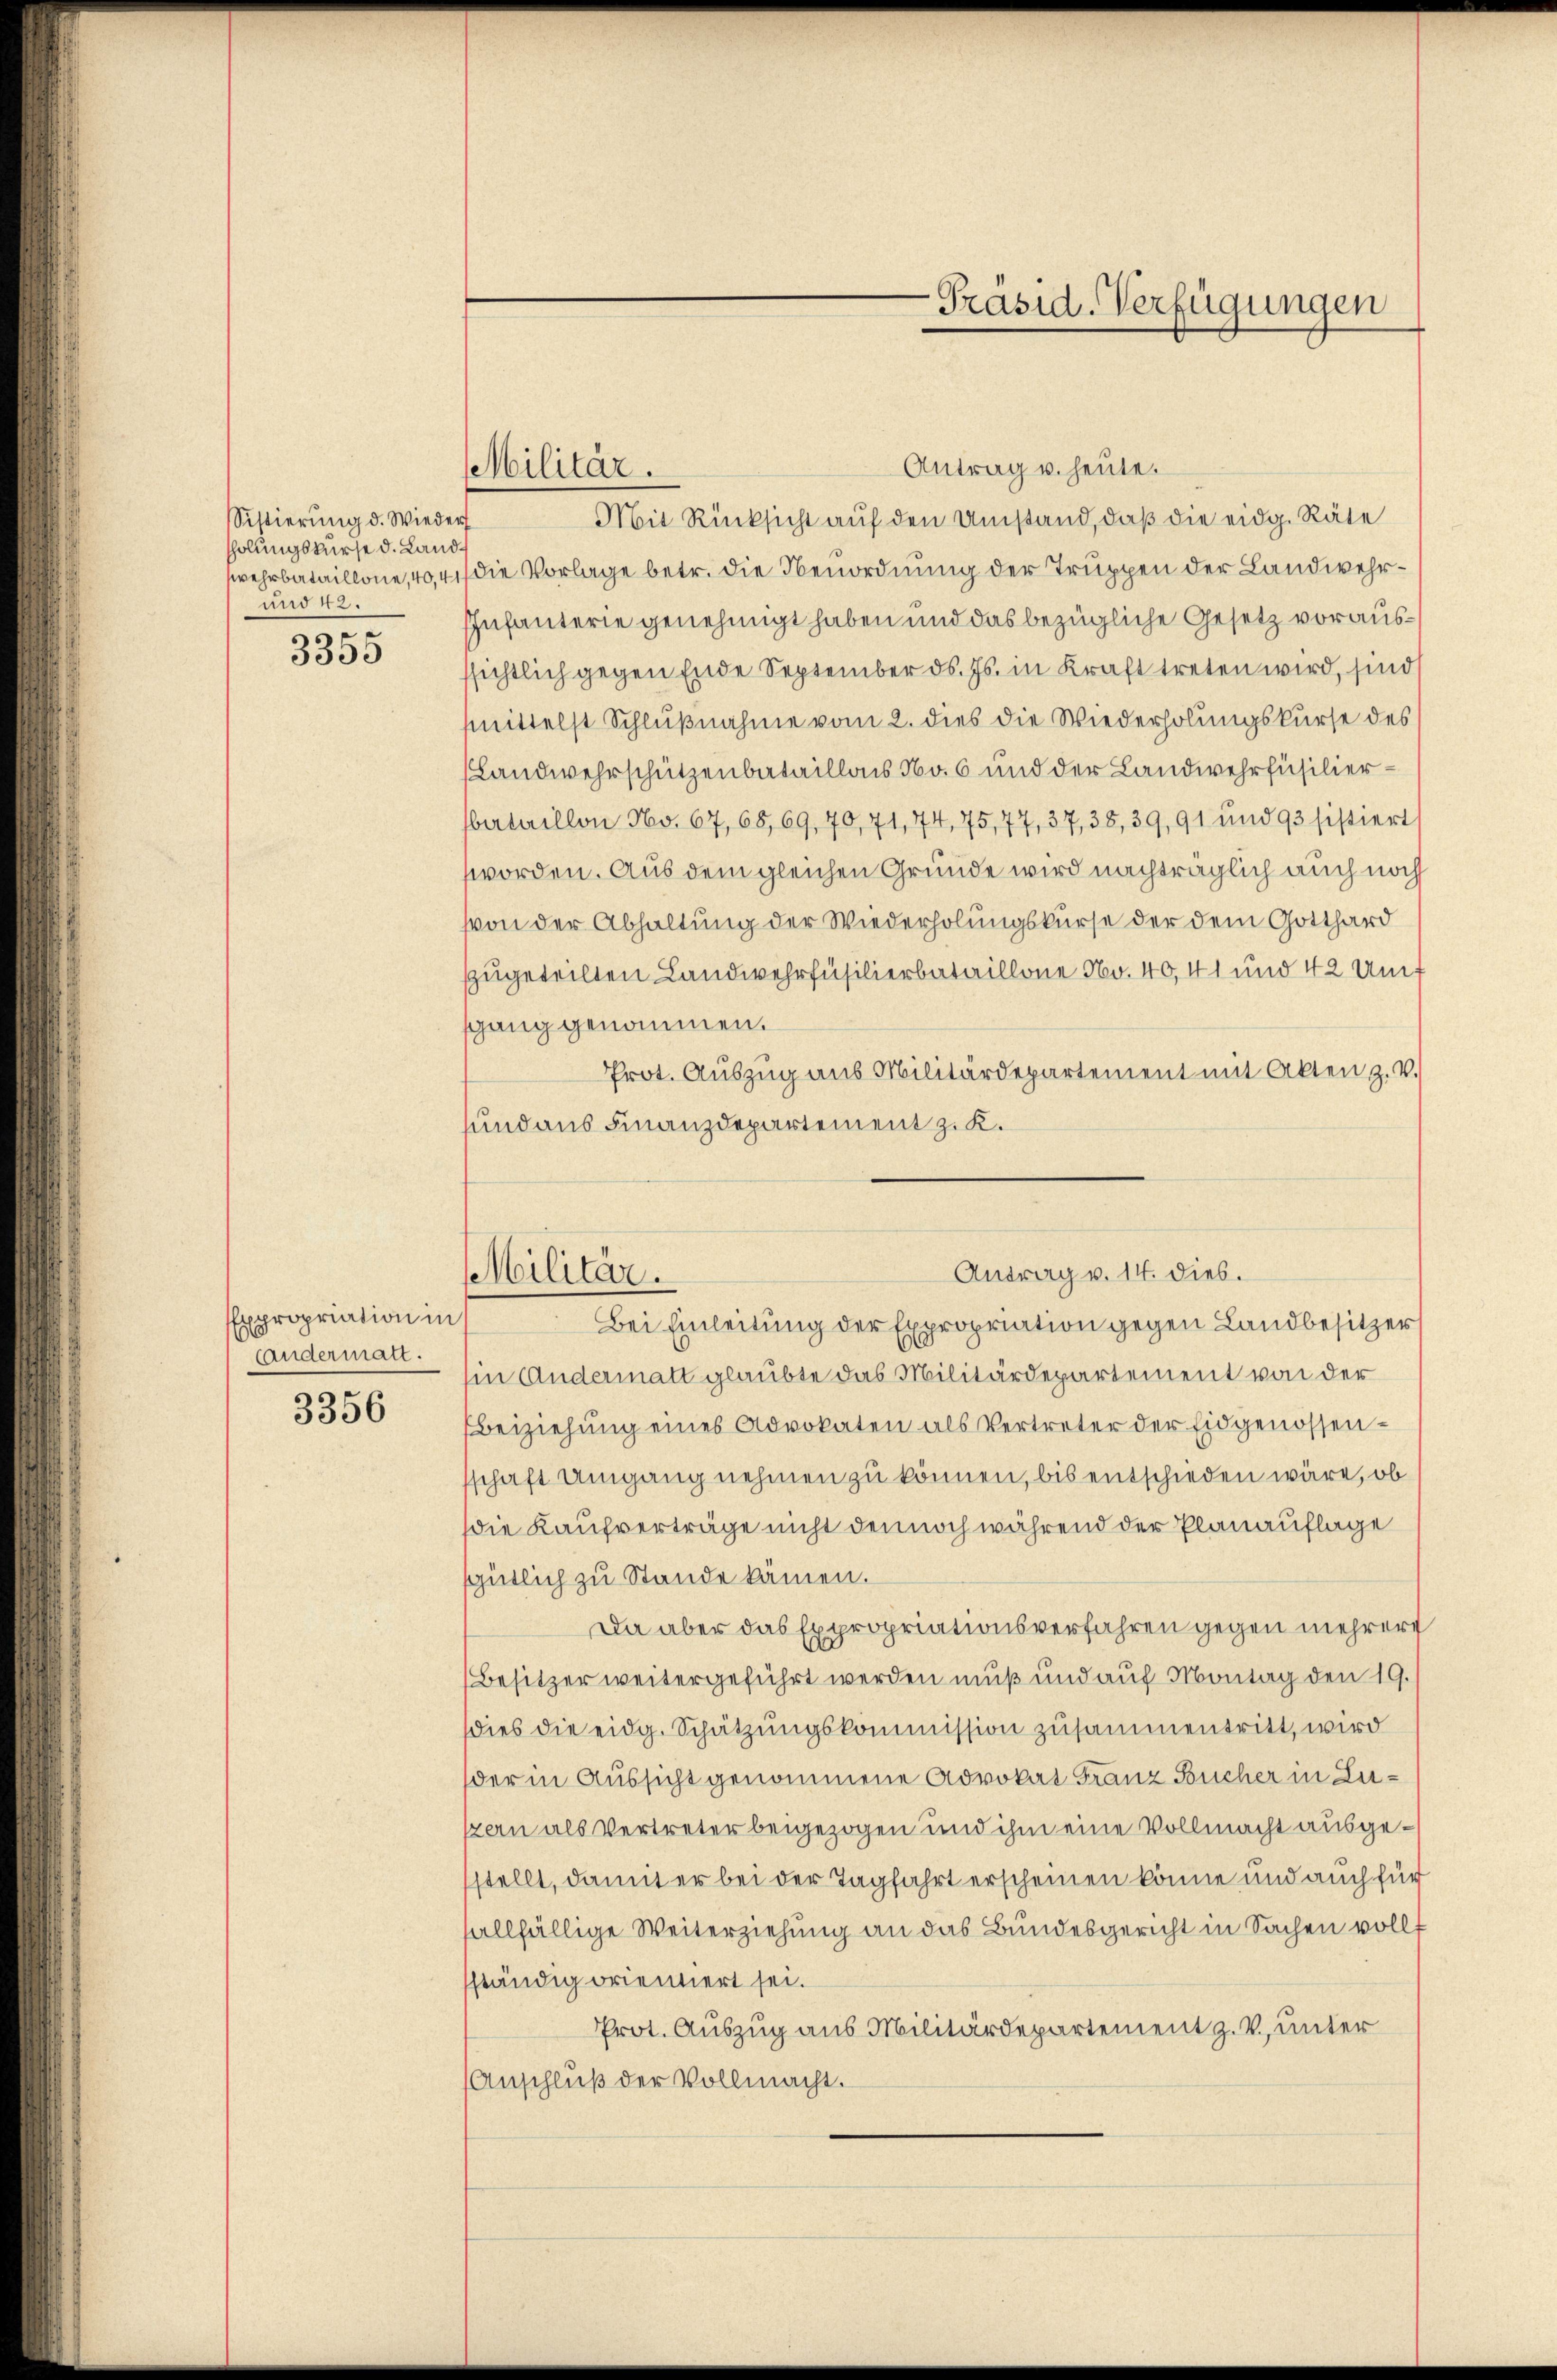
Sistierung d. Wieder
holungskurse d. Land¬
und 42.

3355

Expropriation in
Andermatt.

3356

Antrag u. heute.
Mit Rücksicht auf den Umstand, daß die eidg. Räte
wehrbataillone, 40, 41 die Vorlage betr. die Tenordnung der Truppen der Landwehr¬
Infanterie genehmigt haben und das bezügliche Gesetz voraussichtlich gegen Ende September ds. Js. in Kraft treten wird, sind
mmittelst Schlußnahme vom 2. dies die Wiederholungskurse des
Landwehrschützenbataillons No. 6 und der Landwehrfüsilierbertaillon No. 67,68,69, 70, 71, 74, 75,77, 37, 38, 39, 91 und 93 sistiert
worden. Aus dem gleichen Grunde wird nachträglich auch noch
von der Abhaltung der Wiederholungskurse der dem Gotthard
zzugeteilten Landwehrfüsilierbataillone No. 40, 41 und 42 Umf
sgang genommen.
Prot. Aŭszŭg aus Militärdepartement mit Akten z. V.
sund aus Finanzdepartement z. K.

Militär.

-Präsid-Verfügungen

Antrag v. 14. dies.
Militär.
Bei Einleitung der Expropriation gegen Landbesitzer

in Andermatt glaubte das Militärdepartement von der
Beiziehung eines Advokaten als Vertreter der Eidgenossenschaft Umgang nehmen zu können, bis entschieden wäre, ob
die Kaufverträge nicht dennoch während der Planauflage
sgütlich zu Stande kämen.
Da aber das Expropriationsverfahren gegen mehrere
Besitzer weitergeführt werden muß und auf Montag den 19.
dies die eidg. Schatzŭngskommission zusammentritt, wird
der in Aussicht genommene Advokat Franz Bücher in Lusern als Vertreter beigezogen und ihm eine Vollmacht ausgestellt, damit er bei der Tagfahrt erscheinen könne und auch für
allfällige Weiterziehung an das Bundesgericht in Sachen vollf
ständig orientiert sei.
Prot. Auszug aus Militärdepartement z. V., unter
Anschluß der Vollmacht.